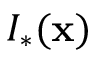
I _ { \ast } ( \mathbf { x } )